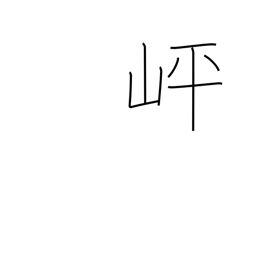
Meaning: level spot part-way up a mountain